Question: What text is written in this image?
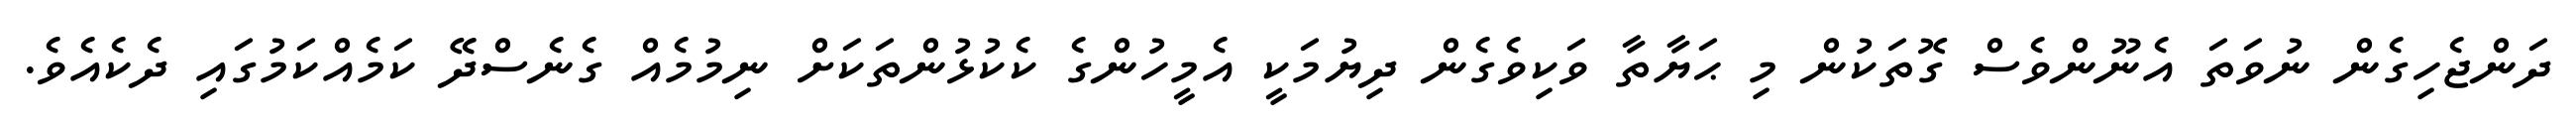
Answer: ދަންޖެހިގެން ނުވަތަ އެނޫންވެސް ގޮތަކުން މި ޙަޔާތާ ވަކިވެގެން ދިޔުމަކީ އެމީހުންގެ ކެކުޅުންތަކަށް ނިމުމެއް ގެނެސްދޭ ކަމެއްކަމުގައި ދެކެއެވެ.